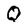
Character: Q